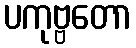
ပကုဗ္ဗတော